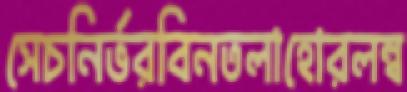
সেচনির্ভরবিনতলাহোরলম্ব